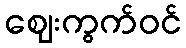
ဈေးကွက်ဝင်